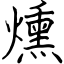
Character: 燻